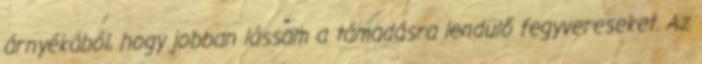
árnyékából, hogy jobban lássam a támadásra lendülő fegyvereseket. Az